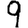
Digit: 9